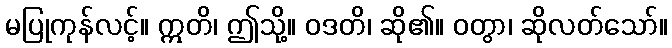
မပြုကုန်လင့်။ ဣတိ၊ ဤသို့။ ဝဒတိ၊ ဆို၏။ ဝတွာ၊ ဆိုလတ်သော်။